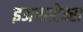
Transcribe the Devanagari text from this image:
इअरस्टेम्स